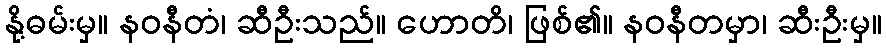
နို့ဓမ်းမှ။ နဝနီတံ၊ ဆီဦးသည်။ ဟောတိ၊ ဖြစ်၏။ နဝနီတမှာ၊ ဆီးဦးမှ။